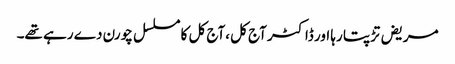
مریض تڑپتا رہا اور ڈاکٹر آج کل ،آج کل کا مسلسل چورن دے رہے تھے۔